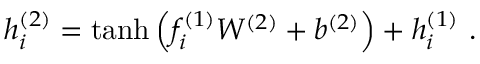
h _ { i } ^ { ( 2 ) } = \operatorname { t a n h } \left( f _ { i } ^ { ( 1 ) } W ^ { ( 2 ) } + b ^ { ( 2 ) } \right) + h _ { i } ^ { ( 1 ) } \ .